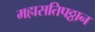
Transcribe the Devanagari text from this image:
महासतिपठ्ठान